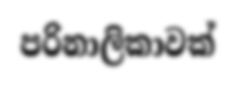
පරිනාලිකාවක්